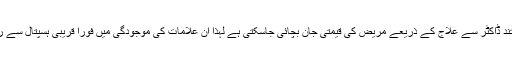
تشخیص اور مستند ڈاکٹر سے علاج کے ذریعے مریض کی قیمتی جان بچائی جاسکتی ہے لہذا ان علامات کی موجودگی میں فوراً قریبی ہسپتال سے رجوع کیا جائے۔